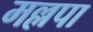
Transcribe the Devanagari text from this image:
मल्लपा